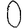
Digit: 0